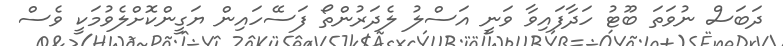
ދަބަސް ނުވަތަ ބޫޓު ހަދާފައިވާ ވަނީ އަސްލު ލެދަރުންތޯ ފަސޭހައިން ޔަގީންކޮށްލެވުމަކީ ވެސް